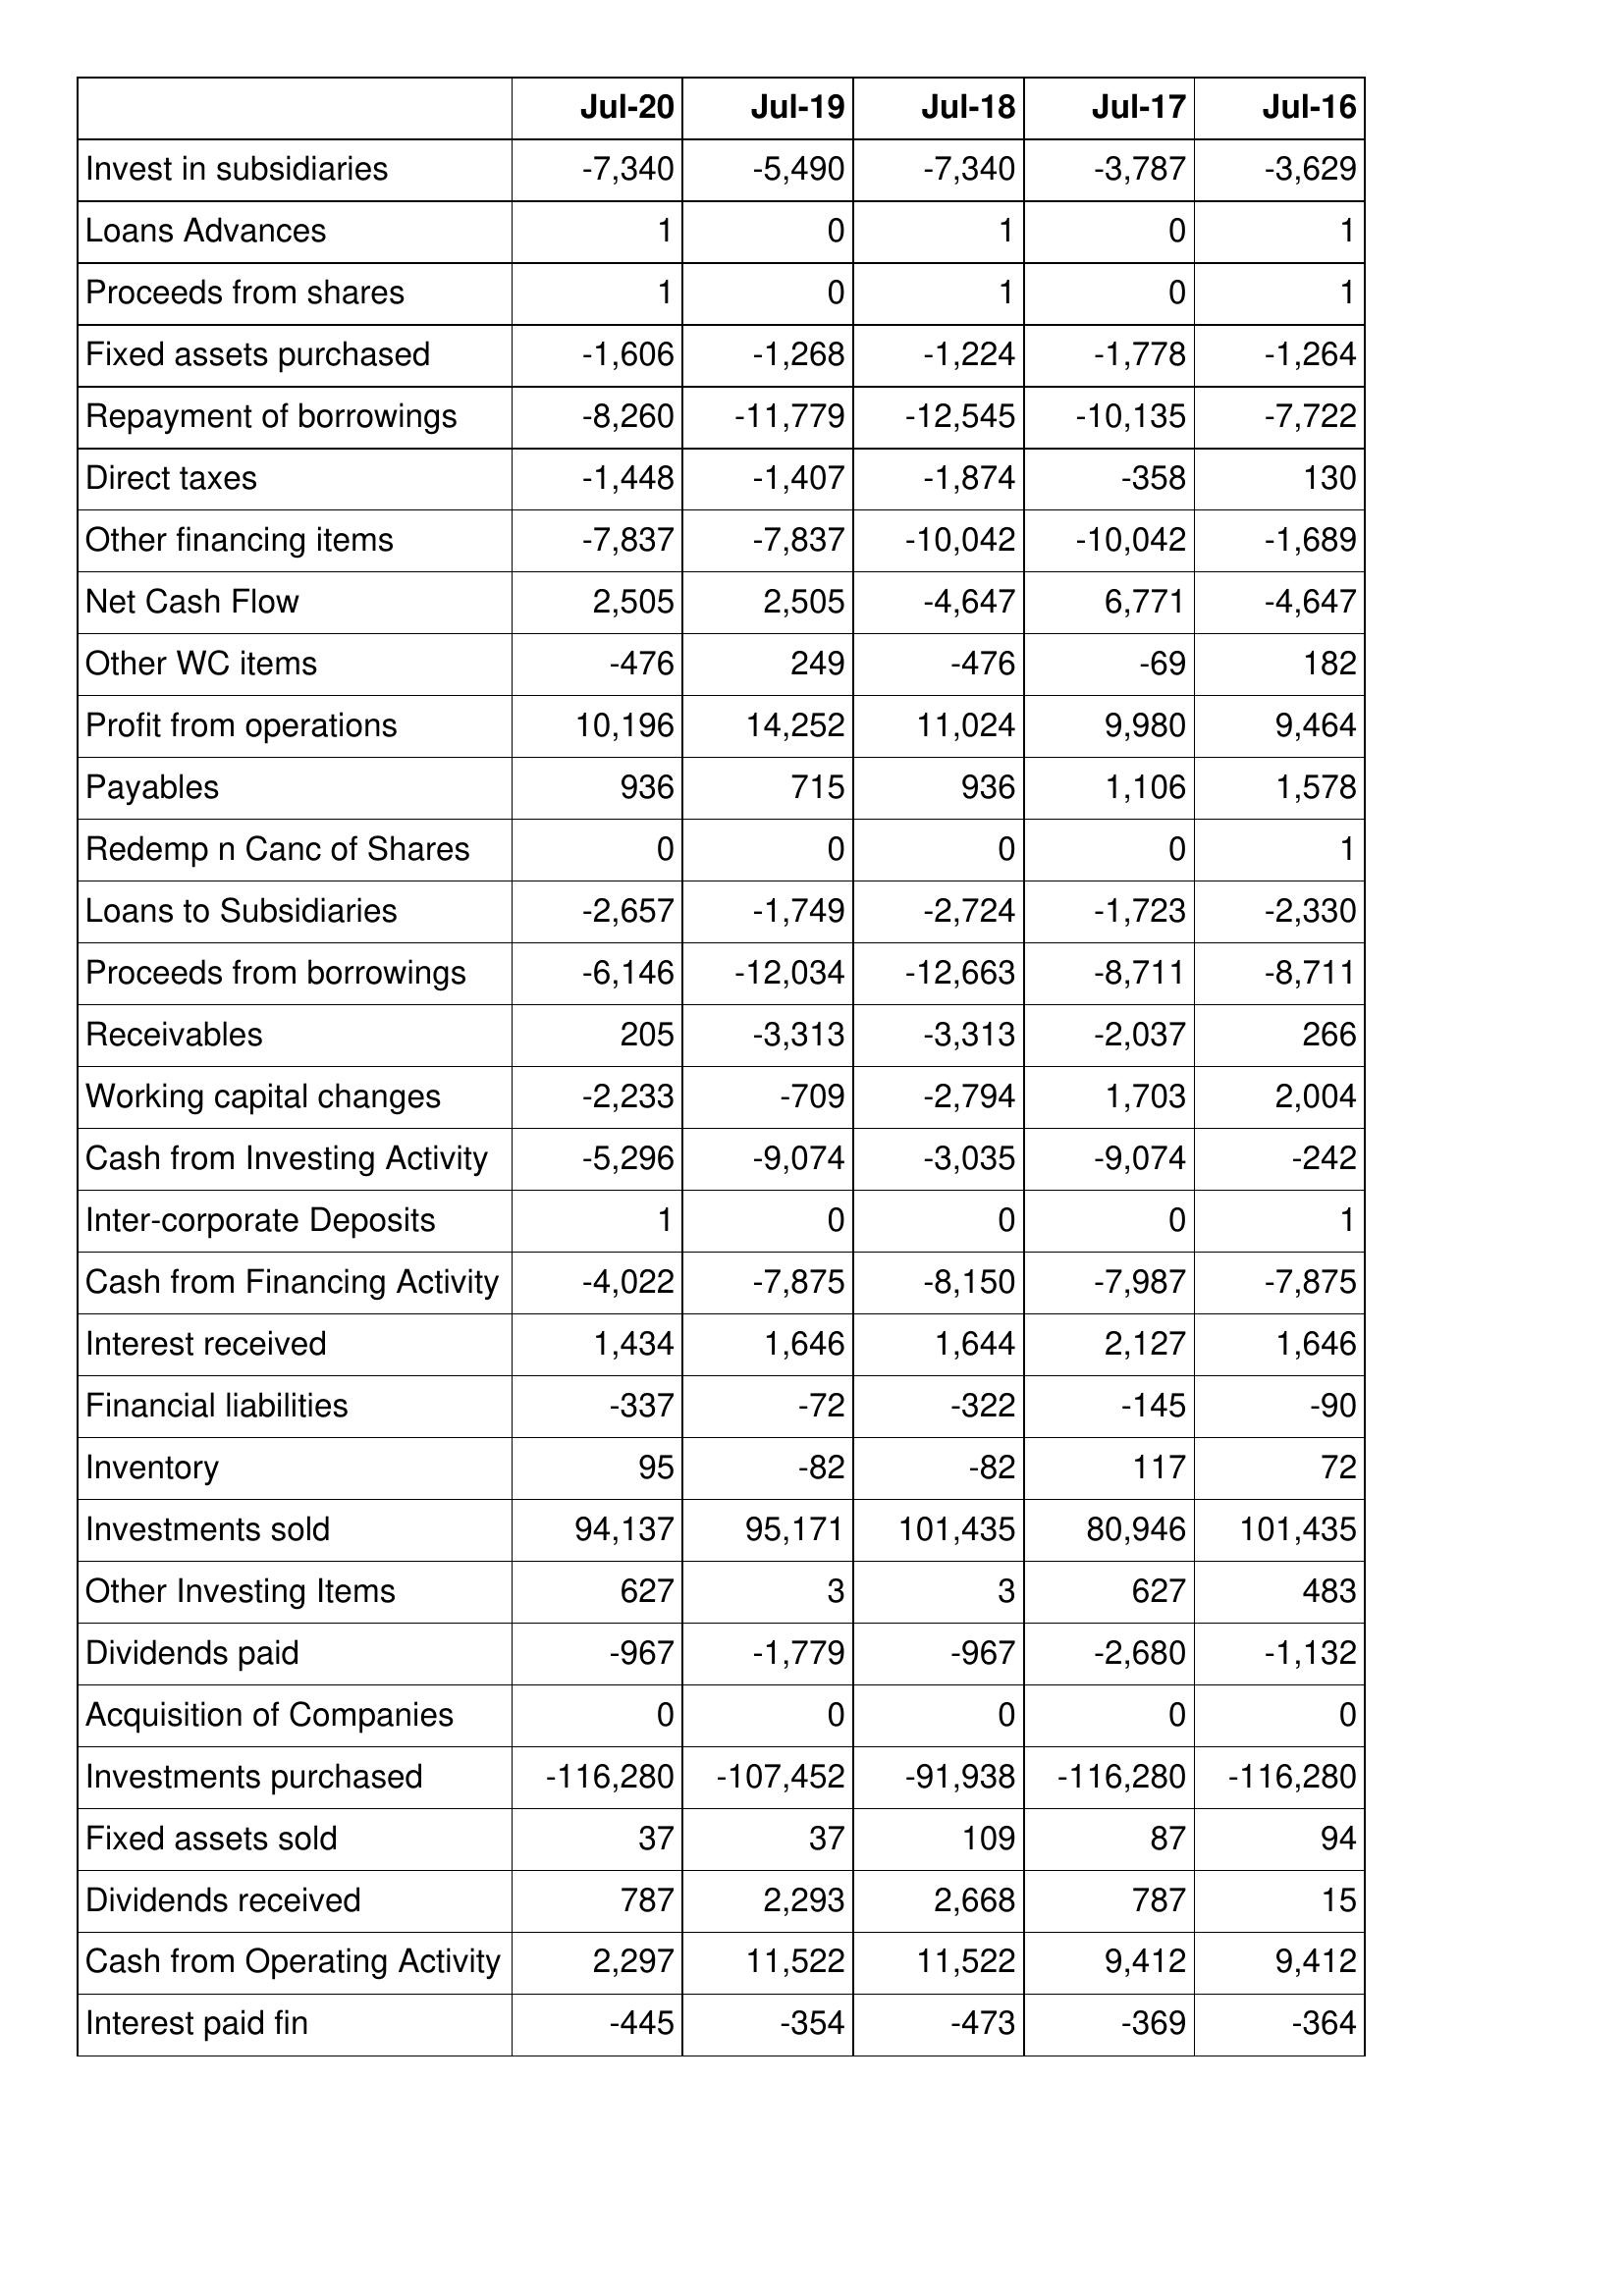
Jul-20: Cash Flows: Invest in subsidiaries: -7,340
Loans Advances: 1
Proceeds from shares: 1
Fixed assets purchased: -1,606
Repayment of borrowings: -8,260
Direct taxes: -1,448
Other financing items: -7,837
Net Cash Flow: 2,505
Other WC items: -476
Profit from operations: 10,196
Payables: 936
Redemp n Canc of Shares: 0
Loans to Subsidiaries: -2,657
Proceeds from borrowings: -6,146
Receivables: 205
Working capital changes: -2,233
Cash from Investing Activity: -5,296
Inter-corporate Deposits: 1
Cash from Financing Activity: -4,022
Interest received: 1,434
Financial liabilities: -337
Inventory: 95
Investments sold: 94,137
Other Investing Items: 627
Dividends paid: -967
Acquisition of Companies: 0
Investments purchased: -116,280
Fixed assets sold: 37
Dividends received: 787
Cash from Operating Activity: 2,297
Interest paid fin: -445
Jul-19: Cash Flows: Invest in subsidiaries: -5,490
Loans Advances: 0
Proceeds from shares: 0
Fixed assets purchased: -1,268
Repayment of borrowings: -11,779
Direct taxes: -1,407
Other financing items: -7,837
Net Cash Flow: 2,505
Other WC items: 249
Profit from operations: 14,252
Payables: 715
Redemp n Canc of Shares: 0
Loans to Subsidiaries: -1,749
Proceeds from borrowings: -12,034
Receivables: -3,313
Working capital changes: -709
Cash from Investing Activity: -9,074
Inter-corporate Deposits: 0
Cash from Financing Activity: -7,875
Interest received: 1,646
Financial liabilities: -72
Inventory: -82
Investments sold: 95,171
Other Investing Items: 3
Dividends paid: -1,779
Acquisition of Companies: 0
Investments purchased: -107,452
Fixed assets sold: 37
Dividends received: 2,293
Cash from Operating Activity: 11,522
Interest paid fin: -354
Jul-18: Cash Flows: Invest in subsidiaries: -7,340
Loans Advances: 1
Proceeds from shares: 1
Fixed assets purchased: -1,224
Repayment of borrowings: -12,545
Direct taxes: -1,874
Other financing items: -10,042
Net Cash Flow: -4,647
Other WC items: -476
Profit from operations: 11,024
Payables: 936
Redemp n Canc of Shares: 0
Loans to Subsidiaries: -2,724
Proceeds from borrowings: -12,663
Receivables: -3,313
Working capital changes: -2,794
Cash from Investing Activity: -3,035
Inter-corporate Deposits: 0
Cash from Financing Activity: -8,150
Interest received: 1,644
Financial liabilities: -322
Inventory: -82
Investments sold: 101,435
Other Investing Items: 3
Dividends paid: -967
Acquisition of Companies: 0
Investments purchased: -91,938
Fixed assets sold: 109
Dividends received: 2,668
Cash from Operating Activity: 11,522
Interest paid fin: -473
Jul-17: Cash Flows: Invest in subsidiaries: -3,787
Loans Advances: 0
Proceeds from shares: 0
Fixed assets purchased: -1,778
Repayment of borrowings: -10,135
Direct taxes: -358
Other financing items: -10,042
Net Cash Flow: 6,771
Other WC items: -69
Profit from operations: 9,980
Payables: 1,106
Redemp n Canc of Shares: 0
Loans to Subsidiaries: -1,723
Proceeds from borrowings: -8,711
Receivables: -2,037
Working capital changes: 1,703
Cash from Investing Activity: -9,074
Inter-corporate Deposits: 0
Cash from Financing Activity: -7,987
Interest received: 2,127
Financial liabilities: -145
Inventory: 117
Investments sold: 80,946
Other Investing Items: 627
Dividends paid: -2,680
Acquisition of Companies: 0
Investments purchased: -116,280
Fixed assets sold: 87
Dividends received: 787
Cash from Operating Activity: 9,412
Interest paid fin: -369
Jul-16: Cash Flows: Invest in subsidiaries: -3,629
Loans Advances: 1
Proceeds from shares: 1
Fixed assets purchased: -1,264
Repayment of borrowings: -7,722
Direct taxes: 130
Other financing items: -1,689
Net Cash Flow: -4,647
Other WC items: 182
Profit from operations: 9,464
Payables: 1,578
Redemp n Canc of Shares: 1
Loans to Subsidiaries: -2,330
Proceeds from borrowings: -8,711
Receivables: 266
Working capital changes: 2,004
Cash from Investing Activity: -242
Inter-corporate Deposits: 1
Cash from Financing Activity: -7,875
Interest received: 1,646
Financial liabilities: -90
Inventory: 72
Investments sold: 101,435
Other Investing Items: 483
Dividends paid: -1,132
Acquisition of Companies: 0
Investments purchased: -116,280
Fixed assets sold: 94
Dividends received: 15
Cash from Operating Activity: 9,412
Interest paid fin: -364